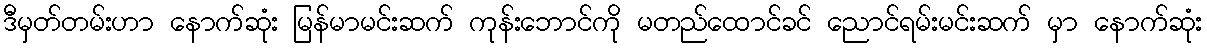
ဒီမှတ်တမ်းဟာ နောက်ဆုံး မြန်မာမင်းဆက် ကုန်းဘောင်ကို မတည်ထောင်ခင် ညောင်ရမ်းမင်းဆက် မှာ နောက်ဆုံး